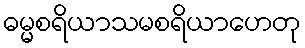
ဓမ္မစရိယာသမစရိယာဟေတု